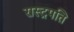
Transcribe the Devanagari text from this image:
रास्ट्रपति